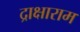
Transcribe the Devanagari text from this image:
द्राक्षाराम